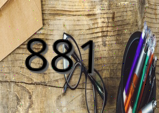
881